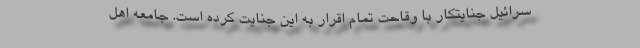
سرائیل جنایتکار با وقاحت تمام اقرار به این جنایت کرده است. جامعه اهل